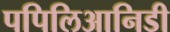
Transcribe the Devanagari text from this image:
पपिलिआनिडी